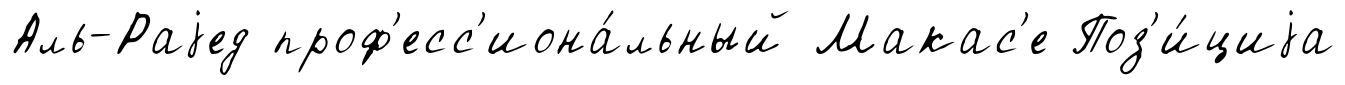
Аль-Раjед проф'есс'иона́льный Макас'е Поз'и́циjа